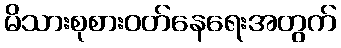
မိသားစုစားဝတ်နေရေးအတွက်